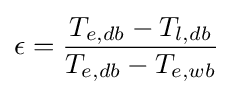
\epsilon ={\frac {T_{e,db}-T_{l,db}}{T_{e,db}-T_{e,wb}}}